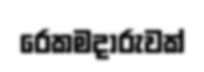
රෙකමදාරුවක්